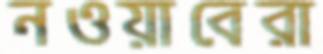
নওয়াবেরা